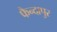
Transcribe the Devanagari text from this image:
फैन्दापुर